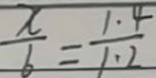
\frac { x } { 6 } = \frac { 1 . 4 } { 1 . 2 }